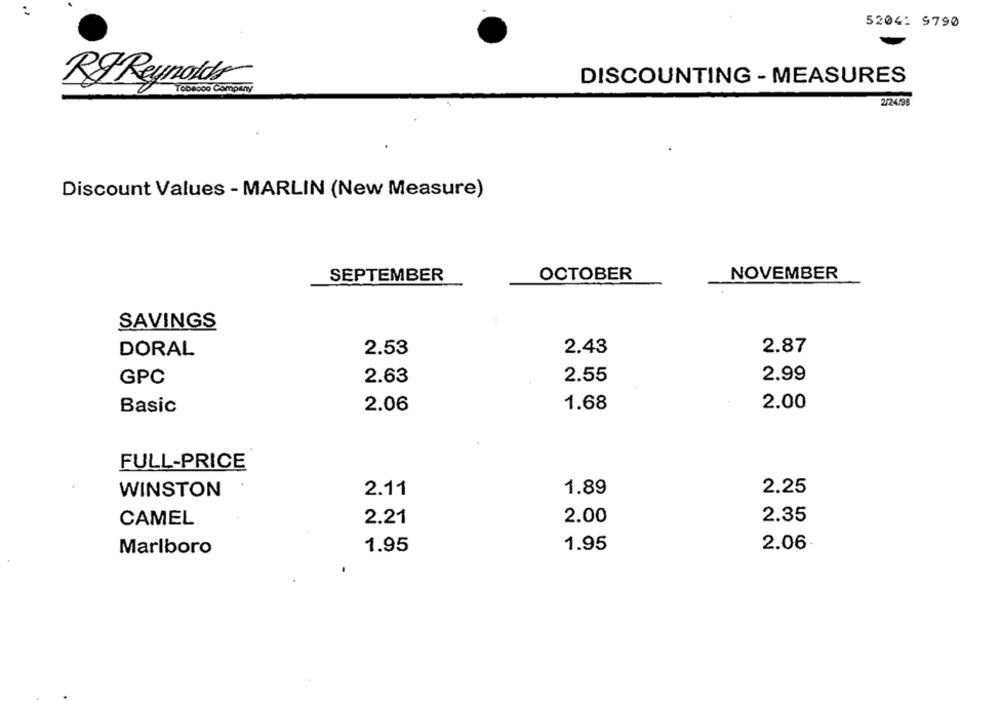
52041 9790
DISCOUNTING - MEASURES
RF Reynolds
To08000 Company
2/24/98
Discount Values - MARLIN (New Measure)
SEPTEMBER
OCTOBER
NOVEMBER
SAVINGS
2.53
2.43
2.87
DORAL
2.63
2.55
2.99
GPC
2.06
1.68
2.00
Basic
FULL-PRICE
1.89
2.25
WINSTON
2.11
2.00
2.35
CAMEL
2.21
1.95
2.06
Marlboro
1.95